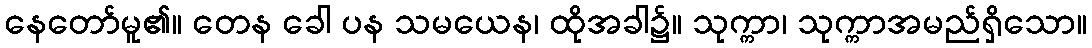
နေတော်မူ၏။ တေန ခေါ ပန သမယေန၊ ထိုအခါ၌။ သုက္ကာ၊ သုက္ကာအမည်ရှိသော။